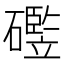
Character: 𪿻